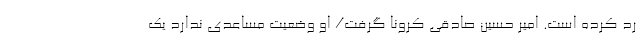
رد كرده است. امیر حسین صادقی کرونا گرفت/ او وضعیت مساعدی ندارد یک